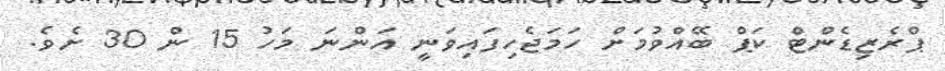
ޕްރެޒިޑެންޓް ކަޕް ބޭއްވުމަށް ހަމަޖެހިފައިވަނީ އަންނަ މަހު 15 ން 30 ށެވެ.